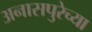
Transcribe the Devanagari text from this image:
अनासपुरेच्या